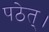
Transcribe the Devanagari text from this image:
पठेत्।